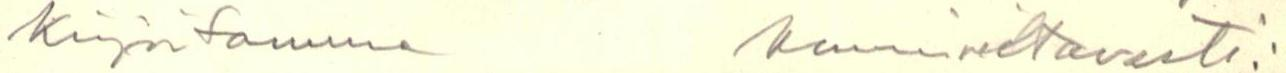
kirjoitamme kunnioittavasti: